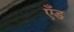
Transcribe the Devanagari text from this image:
एँड